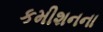
કમીશનના